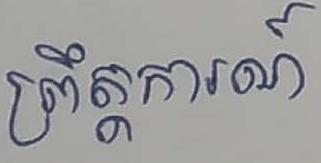
ព្រឹត្តការណ៍